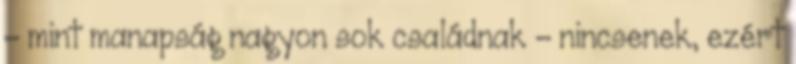
- mint manapság nagyon sok családnak - nincsenek, ezért